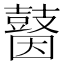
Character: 𪔗